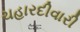
ચહારદીવારી